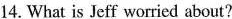
14.What is Jeff worried about?